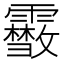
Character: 𩆥